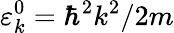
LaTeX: \varepsilon_{k}^{0}=\hbar^{2}k^{2}/2m